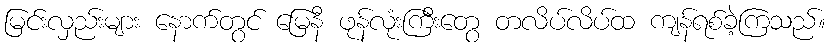
မြင်းလှည်းများ နောက်တွင် မြေနီ ဖုန်လုံးကြီးတွေ တလိပ်လိပ်ထ ကျန်ရစ်ခဲ့ကြသည်။